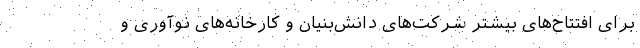
برای افتتاح‌های بیشتر شرکت‌های دانش‌بنیان و کارخانه‌های نوآوری و